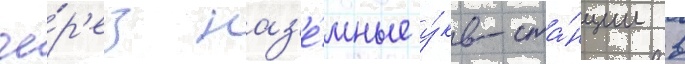
че́р'ез наз'е́мные у́кв-ста́нции в